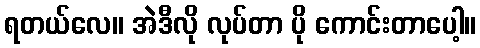
ရတယ်လေ။ အဲဒီလို လုပ်တာ ပို ကောင်းတာပေါ့။